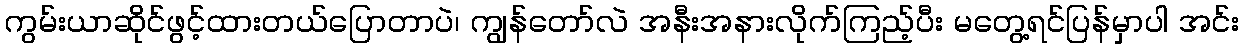
ကွမ်းယာဆိုင်ဖွင့်ထားတယ်ပြောတာပဲ၊ ကျွန်တော်လဲ အနီးအနားလိုက်ကြည့်ပီး မတွေ့ရင်ပြန်မှာပါ အင်း